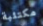
مكتئبة